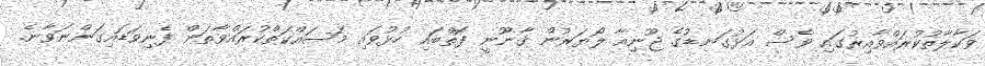
ވަކާލާތުކުރައްވާއިރުގައި ވެސް އަޅުގަނޑުގެ ޖޫނިއާ ލޯޔަރުން ޤާނޫނީ ފޮތްބައި ހުޅުވައި މަސައްކަތްކުރައްވާތަން ފެނިވަޑައިގަންނަވާނެ.